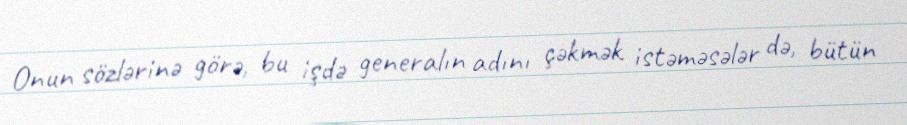
Onun sözlərinə görə, bu işdə generalın adını çəkmək istəməsələr də, bütün